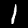
Digit: 1